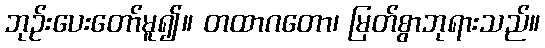
ဘုဉ်းပေးတော်မူ၍။ တထာဂတော၊ မြတ်စွာဘုရားသည်။